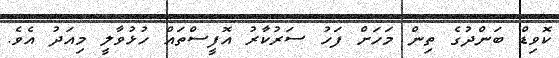
ކޮވިޑް ބަންދުގެ ތިން މަހަށް ފަހު ސަރުކާރު އޮފީސްތައް ހުޅުވާލީ މިއަދު އެވެ.